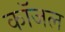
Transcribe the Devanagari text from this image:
कॉजल